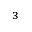
_ 3